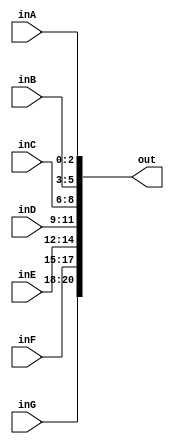
module row_bus(inA ,inB ,inC ,inD ,inE ,inF ,inG,out); 
	input [2:0]inA;
	input [2:0]inB;
	input [2:0]inC;
	input [2:0]inD;
	input [2:0]inE;
	input [2:0]inF;
	input [2:0]inG;//
	
	
	output reg [20:0]out;
	
	always @(*)begin
		out[2:0]=inA;
		out[5:3]=inB;
		out[8:6]=inC;
		out[11:9]=inD;
		out[14:12]=inE;
		out[17:15]=inF;
		out[20:18]=inG;
	end
endmodule
//14 blocks 5bits each